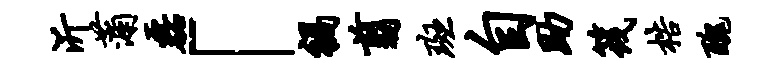
沂蒲磊「祸翦斑自助筏梏丑